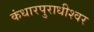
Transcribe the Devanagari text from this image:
कंधारपुराधीश्वर